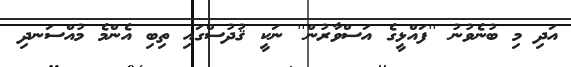
އަދި މި ބުނެވުނު ''ފައްޅީގެ އަސްވާރުން'' ނަކީ ޤުދުސްގައި ތިބި އެންމެ މުއްސަނދި